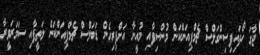
ޖާގަ ހޯދައިފިސިންގަލްސް ޗެމްޕިއަންކަން މުންސިފާއި މުއީނާ އަށްފިރިހެން ޑަބަލްސް ޗެމްޕިއަންކަން ލަތީފާއިި ސަމަރަވީރާ